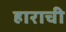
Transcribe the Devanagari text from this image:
हाराची